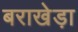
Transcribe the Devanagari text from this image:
बराखेड़ा